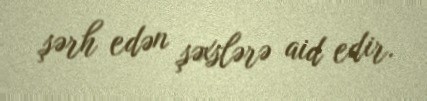
şərh edən şəxslərə aid edir.